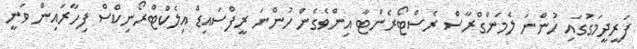
ފަރީދީމަގުގައި ހުންނަ ލެމަންގްރާސް ރެސްޓޯރެންޓާ އިންވެގެން ހުންނަ ރީފްސައިޑް އިލެކްޓްރޯނިކްސް ފިހާރައިން ވަނީ